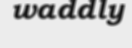
waddly